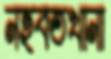
নহবতখানা